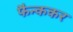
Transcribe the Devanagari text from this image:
फैन्ककर